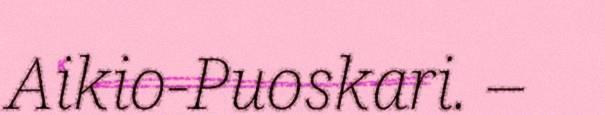
Aikio-Puoskari. –